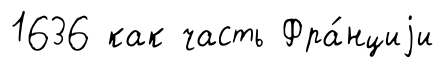
1636 как часть Фра́нциjи